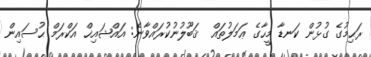
ރަޙިމުގެ ގުޅުން ކަނޑާ މީހާގެ ޢަމަލުތައް  ޤަބޫލުނުކުރައްވާނެ: އައްޝައިޚް އަކްރަމް ޙުސައިން